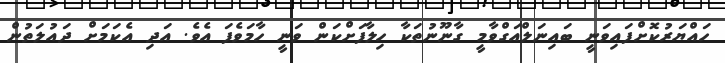
ހައްޔަރުކޮށްފައިވަނީ ބައިނަލްއަގްވާމީ ގާނޫނުތަކާ ހިލާފަށްކަން ވަނީ ހާމަވެފަ އެވެ. އަދި އެކަމަށް ދައުލަތުން